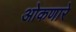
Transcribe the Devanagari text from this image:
ओकणारे